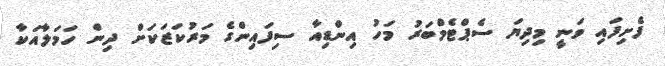
ފެށިފައި ވަނީ މިދިޔަ ސެޕްޓެމްބަރު މަހު އިންޑިއާ ސިފައިންގެ މަރުކަޒަކަށް ދިން ހަމަލާއަކާ